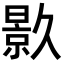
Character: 𭧟